Annual report on the working of the lock hospitals in the Central Provinces
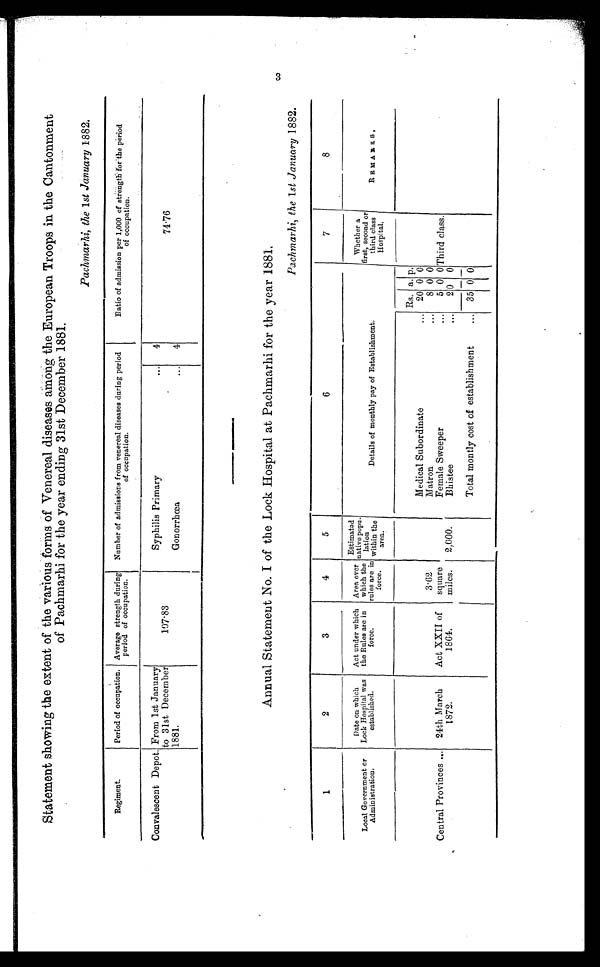
Statement showing the extent of the various forms of Venereal diseases among the European Troops in the Cantonment
of Pachmarhi for the year ending 31st December 1881.
Pachmarhi, the 1 st January 1882.
Regiment.
Period of occupation. Average strength during
period of occupation.
Number of admissions from venereal diseases during period
of occupation.
Ratio of admission per 1,000 of strength for the period
of occupation.
Convalescent Depot. From 1st January
to 31st December
1881.
1 0 7 . 8 3
Syphilis Primary
... 4
74.76
Gonorrhœa
4
Annual Statement No. I of the Lock Hospital at Pachmarhi for the year 1881.
Pachmarhi, the 1st January 1882.
1
2
3
4
5
6
7
8
Local Government or
Administration.
Date on which
Lock Hospital was
established.
Act under which
the Rules are in
force.
Area over
which the
rules are in
force.
Estimated n a t i v e p o p u -
lation
within the
area.
Details of monthly pay of Establishment.
Whether a
first, second or
third class
Hospital,
R E M A R K S ,
Central Provinces ... 24th March
1872.
Act XXII of
1864.
3.62
square
miles. 2,000.
Rs. a. p.
Third class.
Medical Subordinate
... 20 0 0
Matron
...
8 0 0
Female Sweeper
... 5 0 0
Bhistee
... 2 0 0
Total montly cost of establishment
... 35 0
0